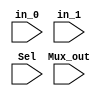
`timescale 1ns / 1ps
//////////////////////////////////////////////////////////////////////////////////
// Company: 
// Engineer: 
// 
// Design Name: 
// Module Name: Mux
// Project Name: 
// Target Devices: 
// Tool Versions: 
// Description: 
// 
// Dependencies: 
// 
// Revision:
// Revision 0.01 - File Created
// Additional Comments:
// 
//////////////////////////////////////////////////////////////////////////////////


module Mux(
    input [3:0] in_0,
    input [3:0] in_1,
    input Sel,
    input [3:0] Mux_out
    );
    
    assign Mux_out = Sel ? in_0 : in_1;
    
endmodule